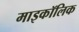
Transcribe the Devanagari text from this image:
माइकॉलिक